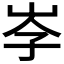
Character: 𡥐